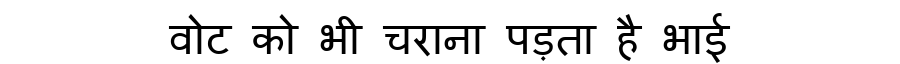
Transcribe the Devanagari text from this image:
वोट को भी चराना पड़ता है भाई